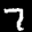
Label: 7